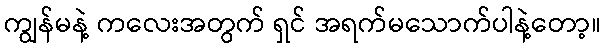
ကျွန်မနဲ့ ကလေးအတွက် ရှင် အရက်မသောက်ပါနဲ့တော့။